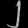
Digit: ၂